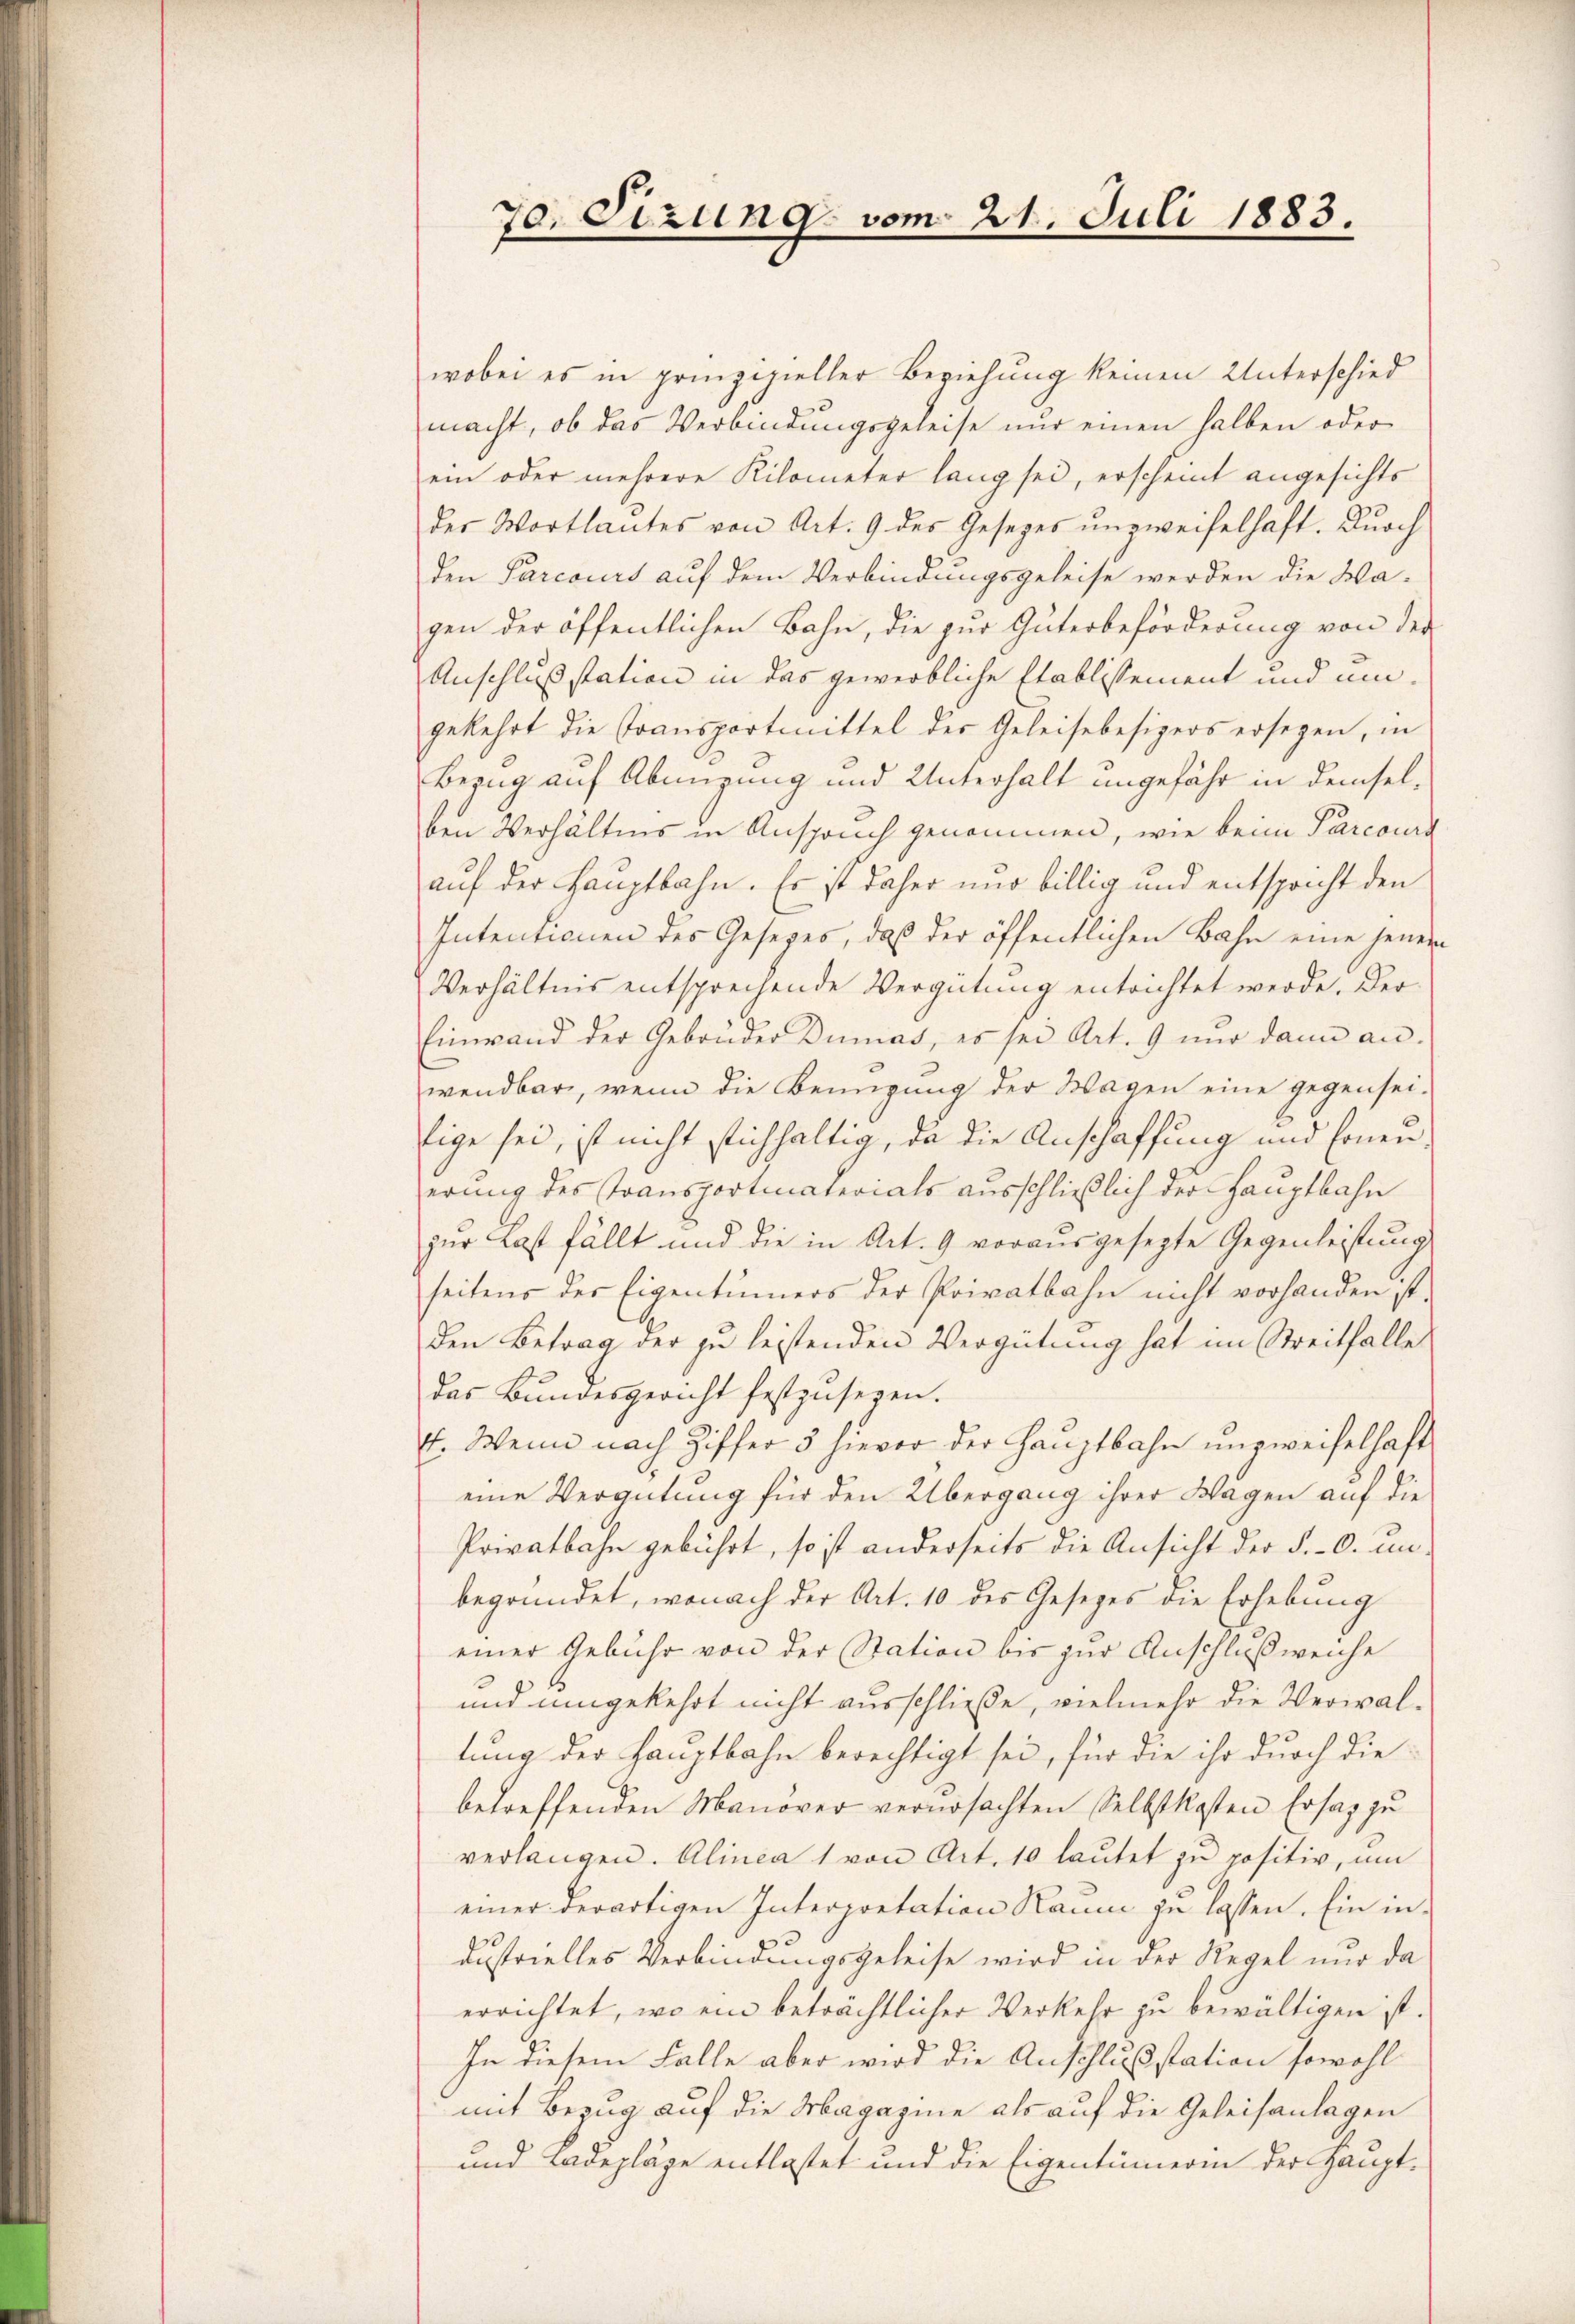
70. Sizung vom 21. Juli 1883.

wobei es in prinzipieller Beziehung keinen Unterschied
macht, ob das Verbindungsgeleise nur einen halben oder
ein oder mehrere Kilometer lang sei, erscheint angesichts
der Wortlautes von Art. 9 des Gesetzes unzweifelhaft. Durch
den Parcours auf dem Verbindungsgeleise werden die Ma-
gen der öffentlichen Bahn, die zur Güterbeförderung von der
Anschlußstation in das gewerbliche Etablissement und umgekehrt die Transportmittel des Geleisebesizers ersegen, in
Bezug auf Abmeung und Unterhalt ungefähr in demselben Verhältnis in Anspruch genommen, wie beim Parcours
auf der Hauptbahn. Er ist daher und billig und entspricht den
Intentionen des Gesetzes, daß der öffentlichen Bahn eine jenem
Verhältnis entsprechende Vergütung entrichtet werde. Der
Einwand der Gebrüder Dumas, es sei Art. 9 nur dann an.
wendbar, wenn die Bemügung der Wagen eine gegensei-
lige sei, ist nicht stichhaltig, da die Anschaffung und Ernen
erung des Transportmaterials ausschließlich der Hauptbahn
zur Last fällt und die in Art. 9 vorausgesezte Gegenleistung
seitens der Eigentümers der Privatbahn nicht vorhanden ist.
den Betrag der zu leistenden Vergütung hat im Streitfalle
das Bundesgericht festzusegen.
4. Wenn nach Ziffer 5 hievor der Hauptbahn unzweifelhaft
eine Vergütung für den Übergang ihrer Wagen auf die
Privatbahn gebührt, so ist anderseits die Ansicht der S.-O. in
begründet, wonach der Art. 10 des Gesetzes die Erhebung
einer Gebühr von der Station bis zur Anschlußweiche
und umgekehrt nicht ausschließe, vielmehr die Verwaltung der Hauptbahn berechtigt sei, für die ihr durch die-
betreffenden Manover verursachten Selbstkosten Ersatz zu
verlangen. Alinea 1 von Art. 10 lautet zu positiv, um
einer derartigen Interpretation Raum zu lassen. Ein in
dustrielles Verbindungsgeleise wird in der Regel und da
errichtet, wo ein beträchtlicher Verkehr zu bewältigen ist.
In diesem Falle aber wird die Anschlusstation sowohl
mit Bezug auf die Magazine als auf die Geleisanlagen
und Kadeplage entlastet und die Eigentümerin der Haupt¬